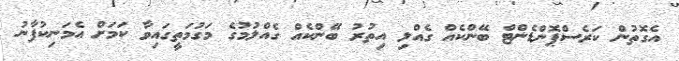
އެގޮތުން ކަރެސްޕޮންޑެންޓް ބޭންކެއް ގެއްލި އިތުރު ބޭންކެއް ގެއްލުމުގެ މަގުމަތީގައިވާ ކަމަށް އެމަނިކުފާނު